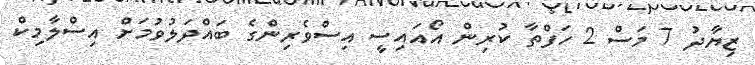
ޒިޔާދު 7 މަސް 2 ހަފްތާ ކުރިން އޯއައިސީ އިސްވެރިންގެ ބައްދަލުވުމަށް އިސްލާމިކް